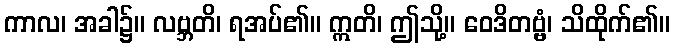
ကာလ၊ အခါ၌။ လဗ္ဘတိ၊ ရအပ်၏။ ဣတိ၊ ဤသို့။ ဝေဒိတဗ္ဗံ၊ သိထိုက်၏။